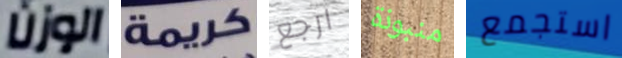
الوزن كريمة ارجع منبوذة استجمع